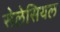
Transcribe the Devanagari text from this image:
सेलेसियल